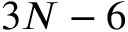
3 N - 6